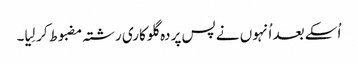
اُسکے بعد اُنہوں نے پس پردہ گلوکاری رشتہ مضبوط کر لِیا۔